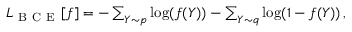
\begin{array} { r } { L _ { \mathrm { ~ B ~ C ~ E ~ } } [ f ] = - \sum _ { Y \sim p } \log ( f ( Y ) ) - \sum _ { Y \sim q } \log ( 1 - f ( Y ) ) \, , } \end{array}